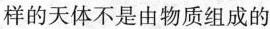
样的天体不是由物质组成的